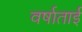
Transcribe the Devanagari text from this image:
वर्षाताई